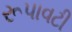
રૂપાવટી